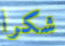
شكرا